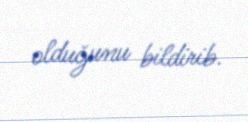
olduğunu bildirib.